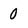
Character: 0